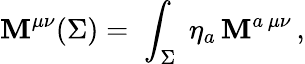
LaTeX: \mathbf{M}^{\mu\nu}(\Sigma)=\; \int_{\Sigma}\; \eta_{a}\, {\cal\mathbf{M}}^{a\, \mu\nu}\, ,